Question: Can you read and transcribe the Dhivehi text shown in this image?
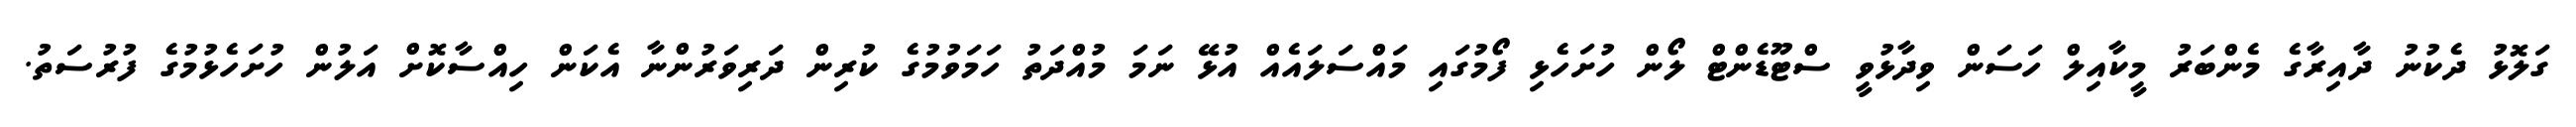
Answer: ގަލޮޅު ދެކުނު ދާއިރާގެ މެންބަރު މީކާއިލް ހަސަން ވިދާޅުވީ ސްޓޫޑެންޓް ލޯން ހުށަހެޅި ފޯމުގައި މައްސަލައެއް އުޅޭ ނަމަ މުއްދަތު ހަމަވުމުގެ ކުރިން ދަރިވަރުންނާ އެކަން ހިއްސާކޮށް އަލުން ހުށަހެޅުމުގެ ފުރުސަތު.